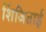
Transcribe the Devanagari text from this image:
शिंजिताई